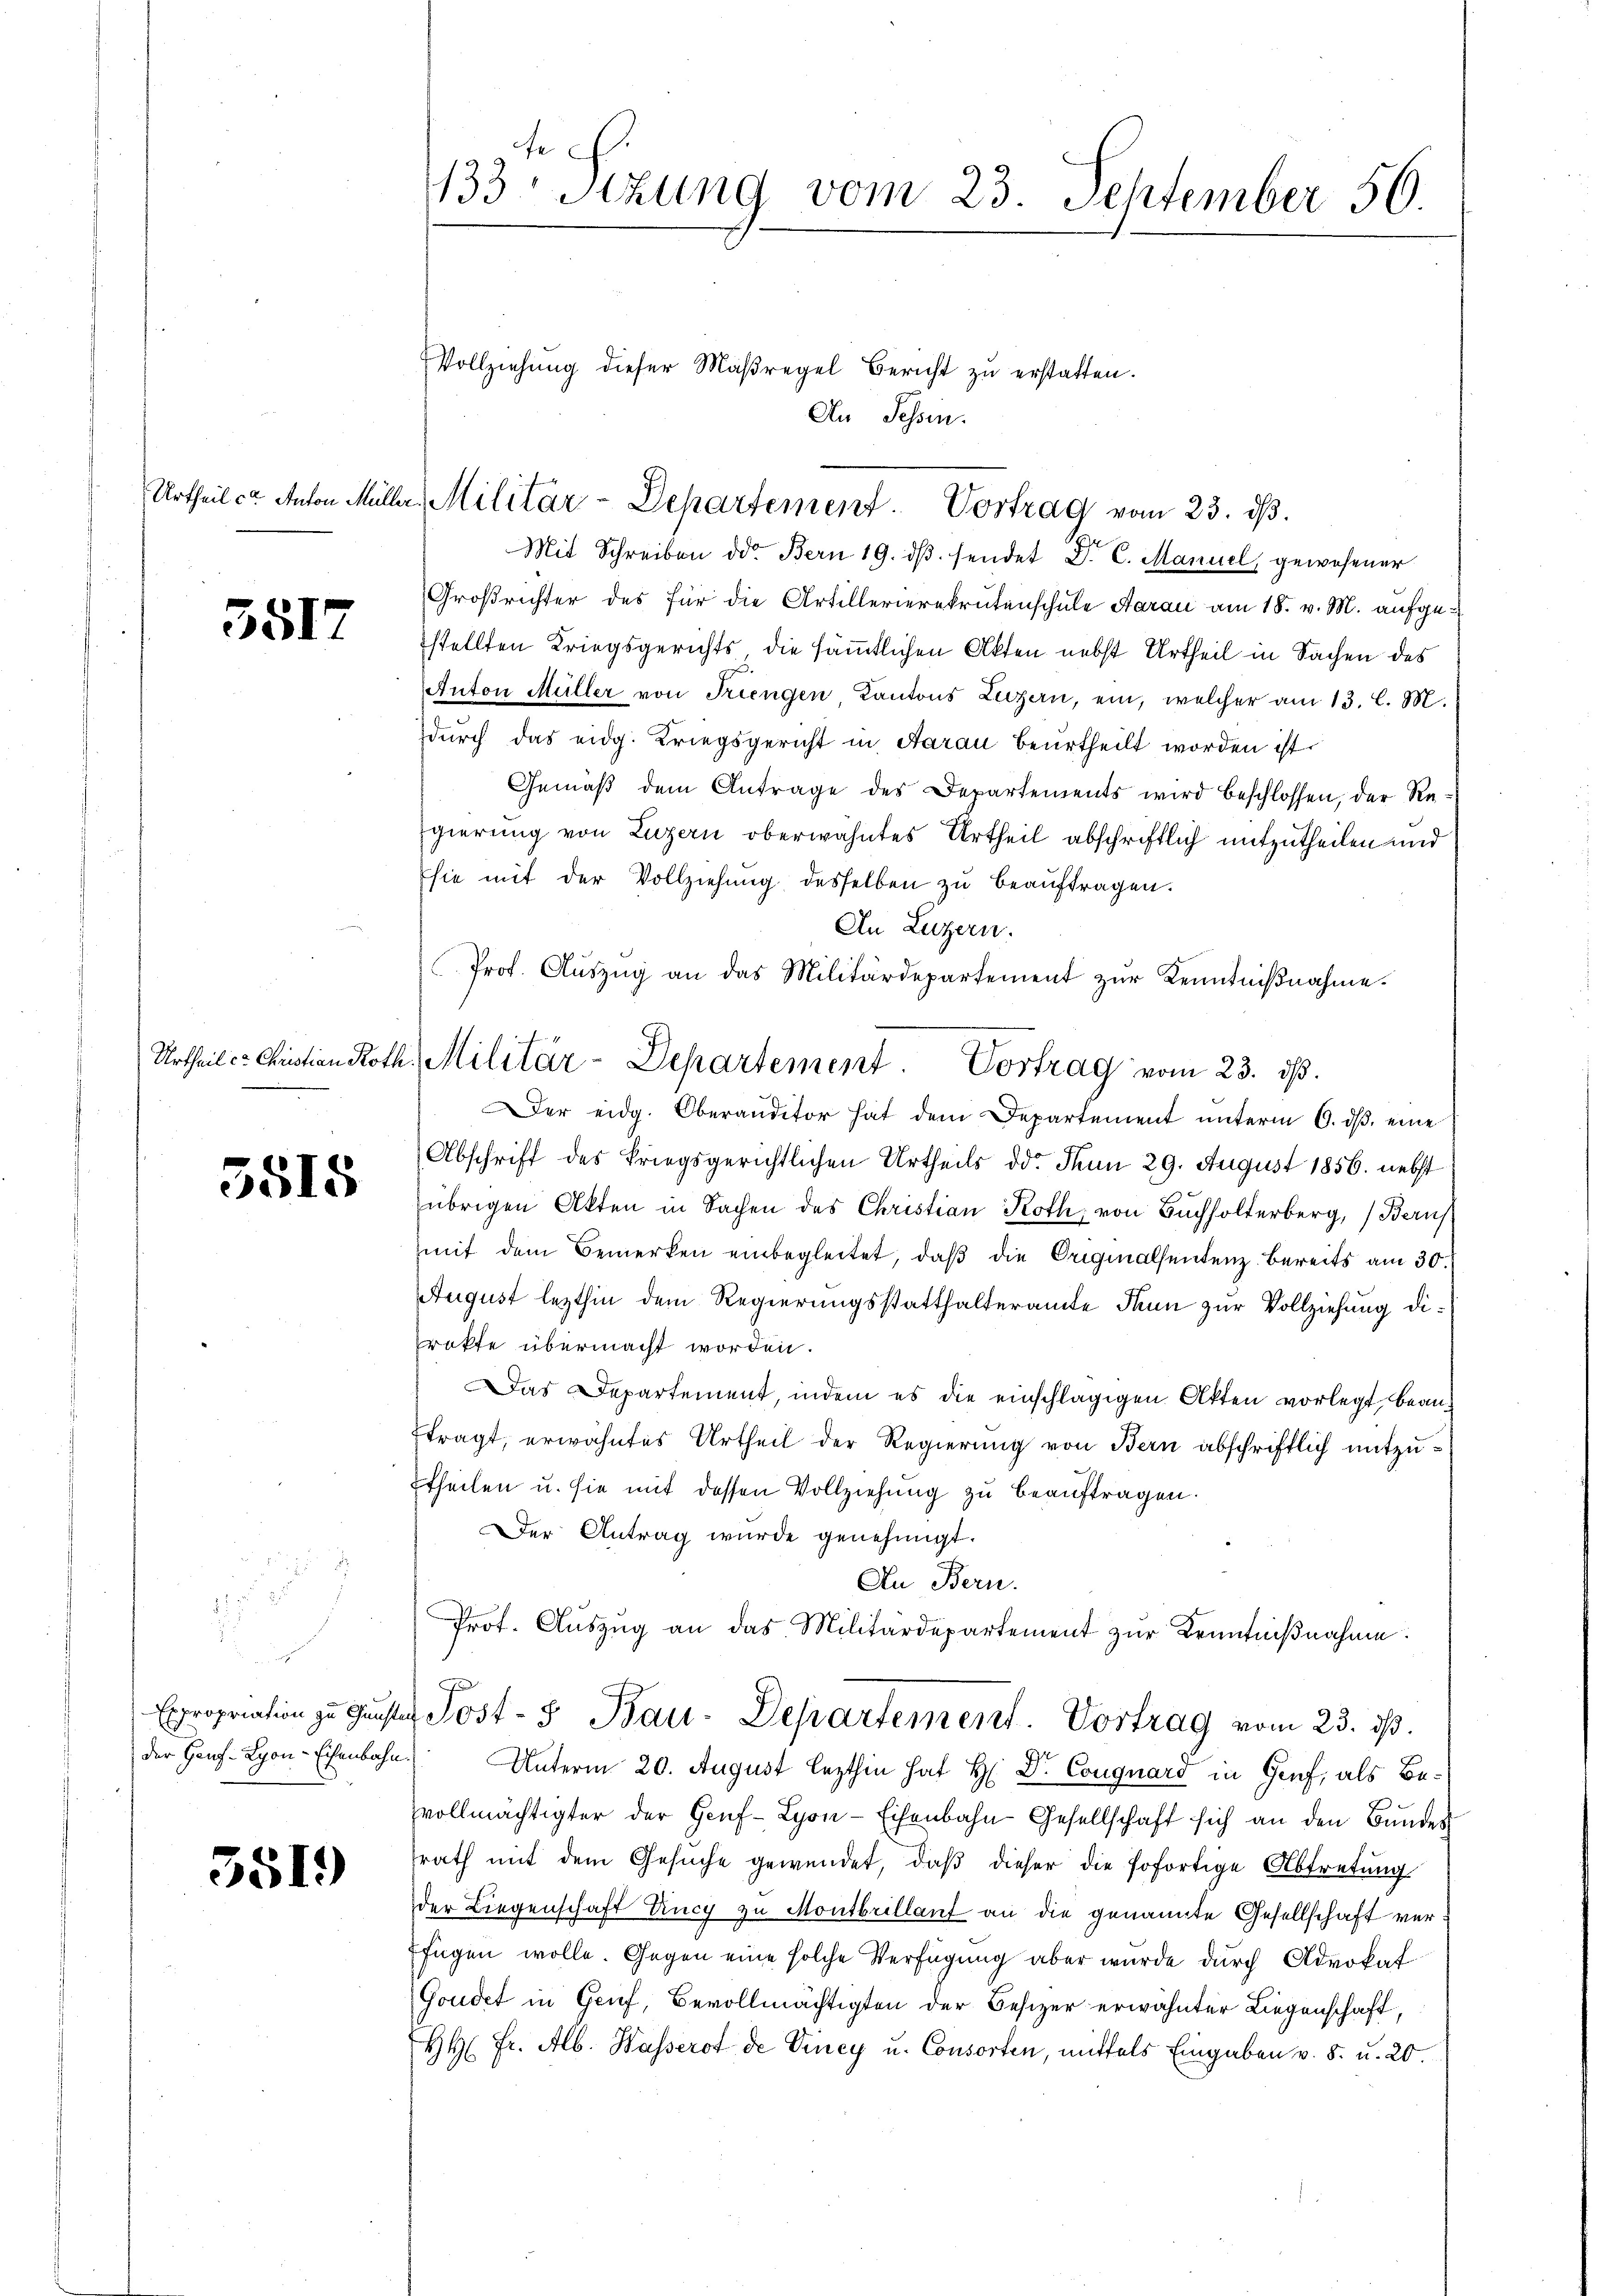
Urtheil c. Anton Mülle

3517

Urtheil er Christian Ro

5815

u
Expropriation zu Gunste
der Hauf-Lyon-Eisenbahn

3519

133. Sizung vom 23. September 50.

Mit Schreiben der Bern 19. dβ. sendet D. C. Manuel gewesener
Großrichter des für die Artillerierekrutenschule Aarau am 18. v. M. aufgestellten Kriegsgerichts die sämmtlichen Akten nebst Urtheil in Sachen des
Anton Müller von Triengen Kantons Luzern, ein, welcher am 13. l. M.
durch das eidg. Kriegsgericht in Aarau beurtheilt worden ist.
Gemäß dem Antrage des Departements wird beschlossen, der Regierung von Luzern oberwähntes Urtheil abschriftlich mitzutheilen und
Esie mit der Vollziehung desselben zŭ beaŭftragen.
An Luzern.
Der eidg. Oberanditor hat dem Departement unterm 6. ds. eine
Abschrift des kriegsgerichtlichen Urtheils der Thun 29. August 1856. nebst
übrigen Akten in Sachen des Christian Roth, von Buchholterberg, Beruf
mit dem Bemerken einbegleitet, daβ die Originalsentenz bereits am 30.
August lezthin dem Regierungsstatthalteramte dann zur Vollziehung dirakte übermacht worden.
Das Departement, indem es die einschlägigen Akten vorlegt, bean-
ftragt, erwähntes Urtheil der Regierung von Bern abschriftlich mitzuttheilen u. sie mit dessen Vollziehung zu beauftragen.
Der Antrag wurde genehmigt.
An Bern.
Prof. Auszug an das Militärdepartement zur Kenntnißnahme:
Post-3 Bau-Departement. Vortrag vom 23. ds.
Unterm 20. August lezthin hat H: Dr. Conguard in Genf, als Besvollmächtigter der Heuf-Lyon-Eisenbahn Gesellschaft sich an den Bundes
srath mit dem Gesuche gewendet, daβ dieser die sofortige Abtretung
der Liegenschaft Unch zu Montbrillauf an die genannte Gesellschaft verfügen wolle. Gegen eine solche Verfügung aber wurde durch Advokat
Goudet in Genf, Bevollmächtigten der Besizer erwähnter Liegenschaft,
HH. Fr. Alb. Wasserot de Vincy u. Consorten, mittels Eingaben v. 5. u. 20.

Vollziehung dieser Maßregel Bericht zu erstatten.
An Sessen.

Militär-Departement. Vortrag vom 23. ds.

Prof. Aŭszŭg an das Militärdepartement zŭr Kenntniβnahme.
th. Militär-Departement. Vortrag vom 23. ds.